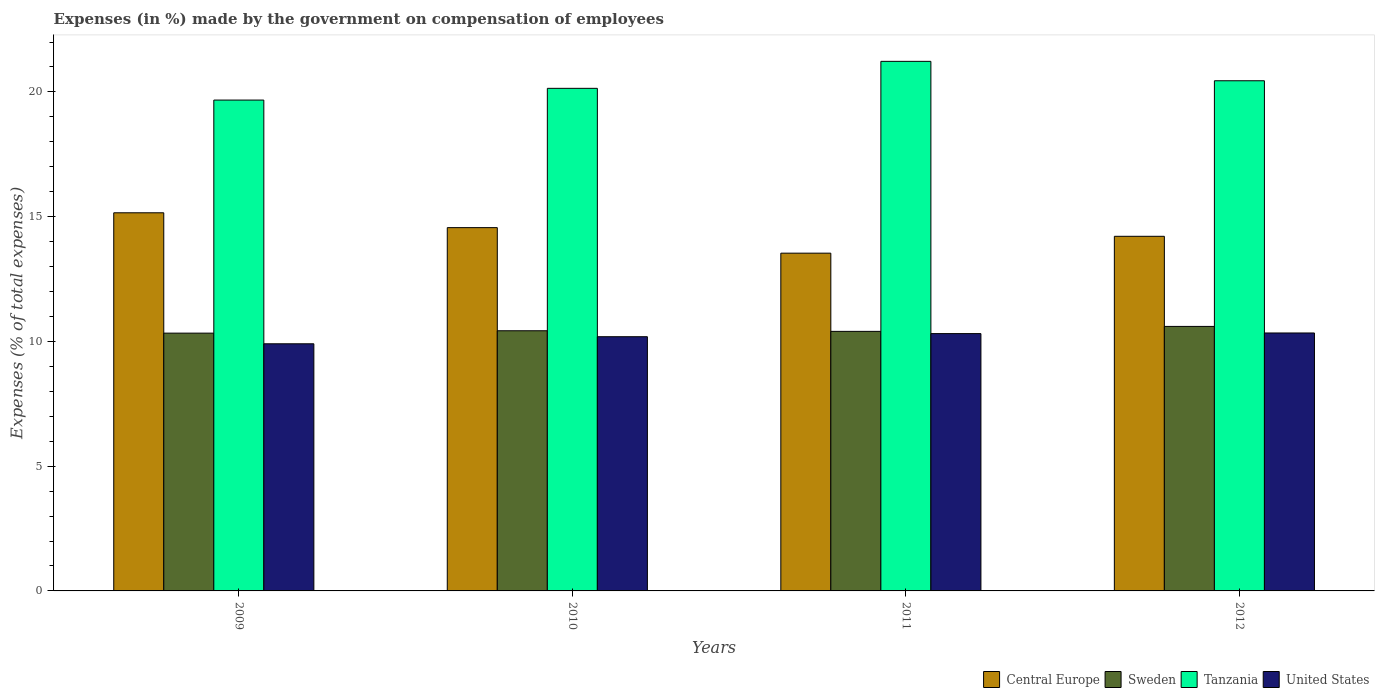
| Years | Central Europe | Sweden | Tanzania | United States |
 | --- | --- | --- | --- | --- |
 | 2009 | 15.2 | 10.3 | 19.7 | 9.91 |
 | 2010 | 14.6 | 10.4 | 20.1 | 10.2 |
 | 2011 | 13.5 | 10.4 | 21.2 | 10.3 |
 | 2012 | 14.2 | 10.6 | 20.4 | 10.3 |